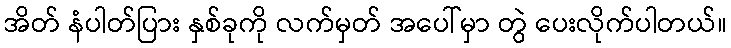
အိတ် နံပါတ်ပြား နှစ်ခုကို လက်မှတ် အပေါ်မှာ တွဲ ပေးလိုက်ပါတယ်။